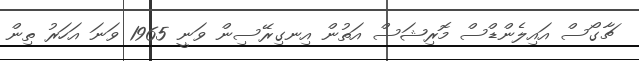
ޗާގޯސް އައިލެންޑްސް މޮރިޝަސް އަތުން އިނގިރޭސިން ވަނީ 1965 ވަނަ އަހަރު ތިން